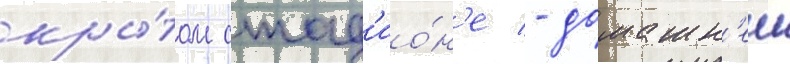
кры́том стад'ио́н'е - домашн'еи